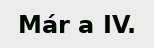
Már a IV.